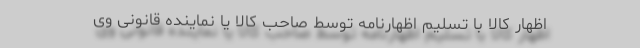
اظهار کالا با تسلیم اظهارنامه توسط صاحب کالا یا نماینده قانونی وی